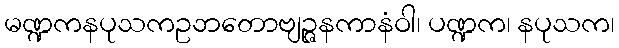
မဏ္ဍကနပုသကဥဘတောဗျဉ္ဇနကာနံဝါ၊ ပဏ္ဍက၊ နပုသက၊